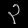
Digit: ၃